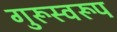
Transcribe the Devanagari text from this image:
गुरूस्वरूप